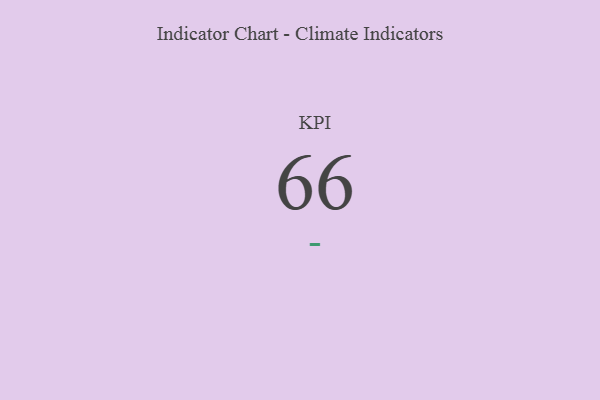
{"axis": {"x": "KPI", "y": "Value"}, "legend": [""], "data": [{"x": "KPI", "y": 66, "type": ""}]}